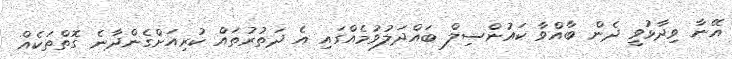
އޭނާ ވިދާޅުވީ ދެން ބާއްވާ ކައުންސިލް ބައްދަލުވުމެއްގައި އެ ދަތުރުތައް ކުރިއަށްގެންދާނެ ގޮތްތަކެއް